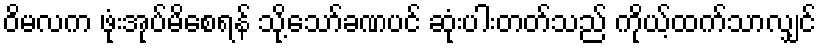
ဝိမလက ဖုံးအုပ်မိစေရန် သို့သော်ခဏပင် ဆုံးပါးတတ်သည် ကိုယ့်ထက်သာလျှင်